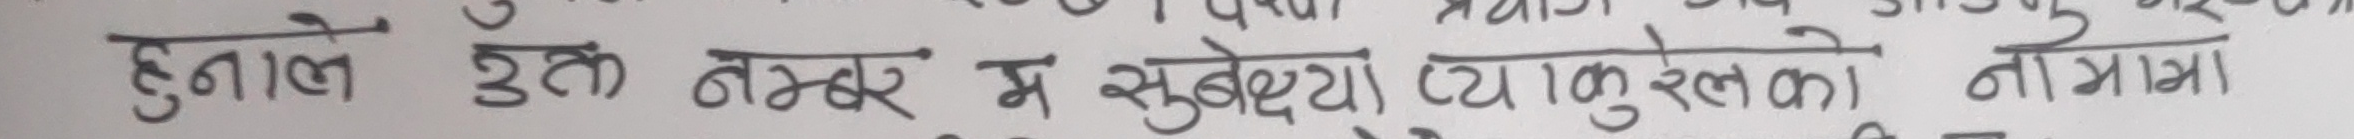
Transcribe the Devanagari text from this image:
हुनाले उक्त नम्बर म सुबोध (क्याकुरेलको) नाममा